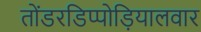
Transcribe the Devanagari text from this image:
तोंडरडिप्पोड़ियालवार